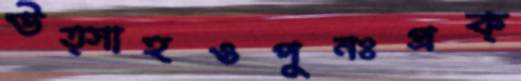
উত্সাহওপুনঃপ্রক্